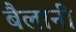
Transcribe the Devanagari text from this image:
बैलानी